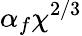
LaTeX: \alpha_{f}\chi^{2/3}